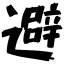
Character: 避